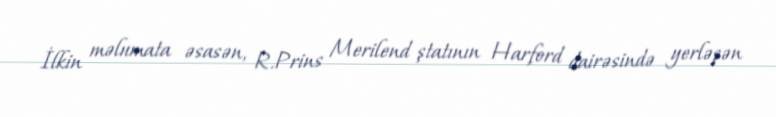
İlkin məlumata əsasən, R.Prins Merilend ştatının Harford dairəsində yerləşən